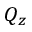
Q _ { z }